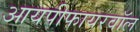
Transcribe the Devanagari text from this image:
आयपीफायरवॉल